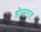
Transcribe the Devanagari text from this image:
होलगड